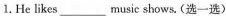
1. He likes___music shows.(选一选)